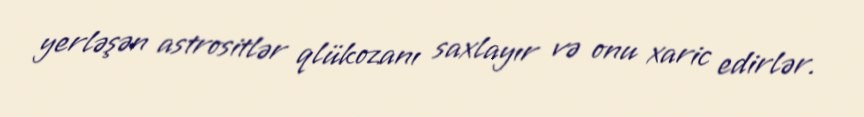
yerləşən astrositlər qlükozanı saxlayır və onu xaric edirlər.